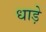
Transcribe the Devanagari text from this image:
धाड़े